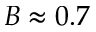
B \approx 0 . 7